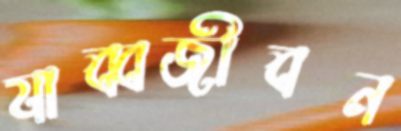
যাব্বজীবন